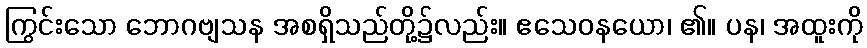
ကြွင်းသော ဘောဂဗျသန အစရှိသည်တို့၌လည်း။ ဧသေဝနယော၊ ၏။ ပန၊ အထူးကို